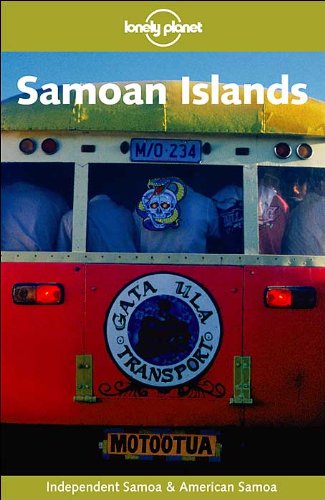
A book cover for Lonely Planet Samoan Islands (Lonely Planet Rarotonga, Samoa & Tonga); Michelle Bennett; Travel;